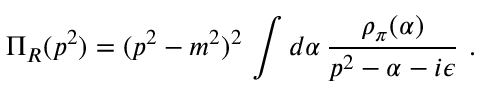
\Pi _ { R } ( p ^ { 2 } ) = ( p ^ { 2 } - m ^ { 2 } ) ^ { 2 } \, \int d \alpha \, \frac { \rho _ { \pi } ( \alpha ) } { p ^ { 2 } - \alpha - i \epsilon } \ .